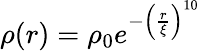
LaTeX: \rho(r)=\rho_{0}e^{-\left(\frac{r}{\xi}\right)^{10}}